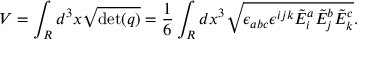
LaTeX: V = \int _ { R } d ^ { 3 } x { \sqrt { \operatorname* { d e t } ( q ) } } = { \frac { 1 } { 6 } } \int _ { R } d x ^ { 3 } { \sqrt { \epsilon _ { a b c } \epsilon ^ { i j k } { \tilde { E } } _ { i } ^ { a } { \tilde { E } } _ { j } ^ { b } { \tilde { E } } _ { k } ^ { c } } } .